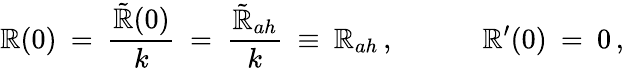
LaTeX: \mathbb{R}(0)\: =\: \frac{{\tilde{{\mathbb{R}}}(0)}}{{k}}\: =\: \frac{{\tilde{{\mathbb{R}}}_{ah}}}{{k}}\: \equiv\: \mathbb{R}_{ah}\, ,\; \; \; \; \; \; \; \; \; \; \; \mathbb{R}^{\prime}(0)\: =\: 0\, ,